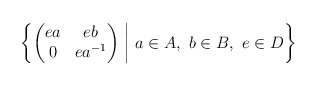
\begin{align*}\protect{}\left\{\begin{pmatrix} ea & eb \\ 0 & ea^{-1} \end{pmatrix} \ \middle| \ a\in A, \ b\in B, \ e\in D \right\}\end{align*}